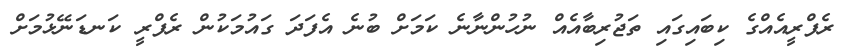
ރެފްރީއެއްގެ ކިބައިގައި ތަޖުރިބާއެއް ނުހުންނާނެ ކަމަށް ބުނެ އެފަދަ ގައުމަކުން ރެފްރީ ކަނޑަނޭޅުމަށް